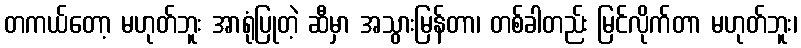
တကယ်တော့ မဟုတ်ဘူး အာရုံပြုတဲ့ ဆီမှာ အသွားမြန်တာ၊ တစ်ခါတည်း မြင်လိုက်တာ မဟုတ်ဘူး၊